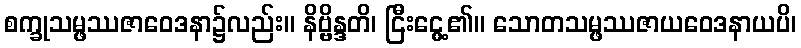
စက္ခုသမ္ဖဿဇာဝေဒနာ၌လည်း။ နိဗ္ဗိန္ဒတိ၊ ငြီးငွေ့၏။ သောတသမ္ဖဿဇာယဝေဒနာယပိ၊